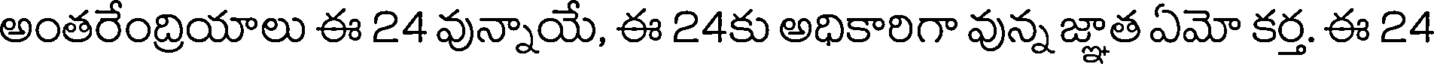
అంతరేంద్రియాలు ఈ 24 వున్నాయే, ఈ 24కు అధికారిగా వున్న జ్ఞాత ఏమో కర్త. ఈ 24